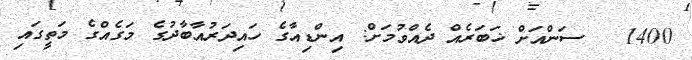
1400   ސަންއަށް ޚަބަރެއް ދެއްވުމަށް: އިންޑިއާގެ ހައިދަރުއާބާދުގެ މަގެއްގެ މަތީގައި